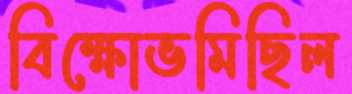
বিক্ষোভমিছিল